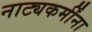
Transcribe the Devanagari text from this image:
नाट्यकर्मींना